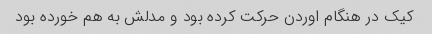
کیک در هنگام اوردن حرکت کرده بود و مدلش به هم خورده بود